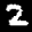
Label: 2